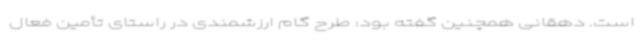
است. دهقانی همچنین گفته بود: طرح گام ارزشمندی در راستای تأمین فعال